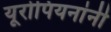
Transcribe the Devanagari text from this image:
यूरोपियनांनी